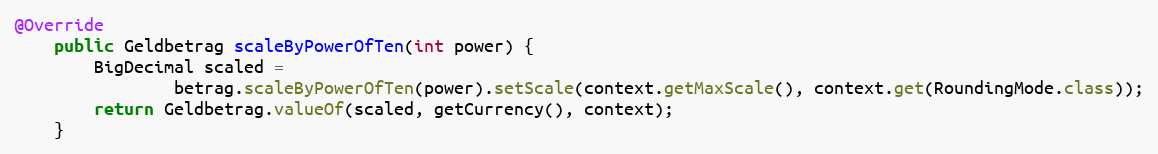
Language: Java
@Override
    public Geldbetrag scaleByPowerOfTen(int power) {
        BigDecimal scaled =
                betrag.scaleByPowerOfTen(power).setScale(context.getMaxScale(), context.get(RoundingMode.class));
        return Geldbetrag.valueOf(scaled, getCurrency(), context);
    }